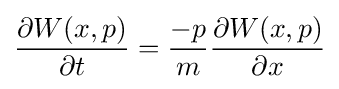
{\frac {\partial W(x,p)}{\partial t}}={\frac {-p}{m}}{\frac {\partial W(x,p)}{\partial x}}